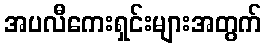
အပလီကေးရှင်းများအတွက်